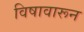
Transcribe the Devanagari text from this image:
विषावारून